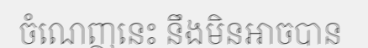
ចំណេញនេះ នឹងមិនអាចបាន